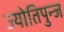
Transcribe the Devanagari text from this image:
ज्योतिपुन्ज